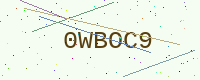
Text: 0WBOC9